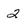
Character: 2